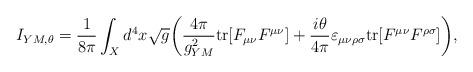
LaTeX: \begin{align*}I_{YM, \theta} = { 1\over 8 \pi} \int_X d^4 x \sqrt{g} \bigg( { 4\pi\over g_{YM}^2} {\rm tr} [ F_{\mu\nu}F^{\mu\nu}] + {i \theta \over 4\pi}\varepsilon_{\mu\nu\rho\sigma} {\rm tr} [F^{\mu\nu} F^{\rho\sigma}] \bigg),\end{align*}